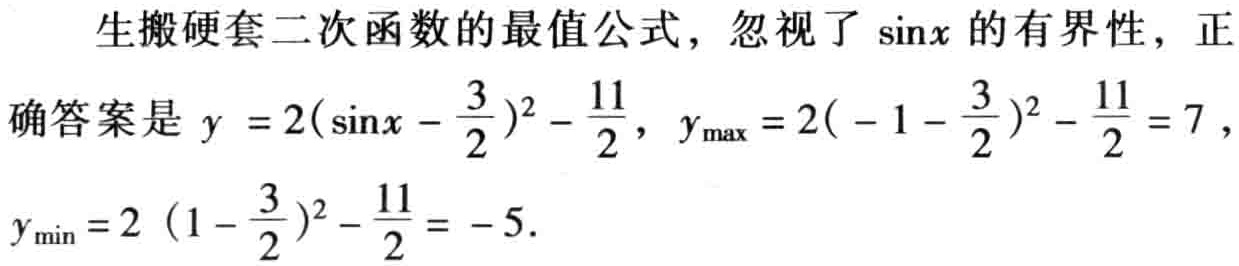
生搬硬套二次函数的最值公式，忽视了\(\sin x\)的有界性，正
确答案是\(y = 2(\sin x - \frac{3}{2})^2 - \frac{11}{2}\)，\(y_{\max} = 2(-1 - \frac{3}{2})^2 - \frac{11}{2} = 7\)，
\(y_{\min} = 2 (1 - \frac{3}{2})^2 - \frac{11}{2} = -5\).